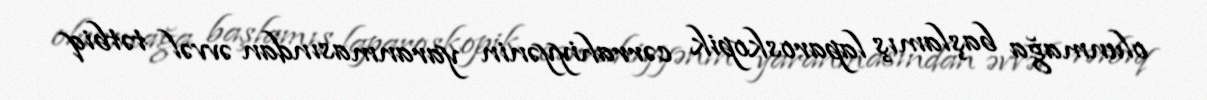
olunmağa başlamış laparoskopik cərrahiyyənin yaranmasından əvvəl tətbiq